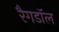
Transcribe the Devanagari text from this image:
रैगडॉल